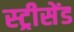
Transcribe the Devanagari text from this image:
स्ट्रीसेंड